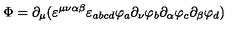
\Phi = \partial _ { \mu } ( \varepsilon ^ { \mu \nu \alpha \beta } \varepsilon _ { a b c d } \varphi _ { a } \partial _ { \nu } \varphi _ { b } \partial _ { \alpha } \varphi _ { c } \partial _ { \beta } \varphi _ { d } )